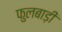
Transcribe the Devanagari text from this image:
फुलबाड़ी